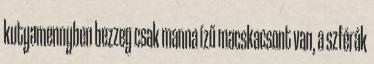
kutyamennyben bezzeg csak manna ízű macskacsont van, a szférák